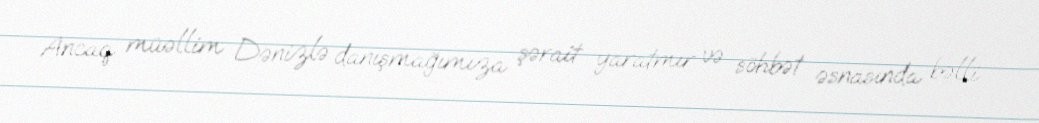
Ancaq müəllim Dənizlə danışmağımıza şərait yaratmır və söhbət əsnasında bəlli